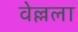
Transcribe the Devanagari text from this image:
वेल्लला